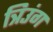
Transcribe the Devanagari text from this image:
त्रिउंग